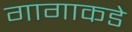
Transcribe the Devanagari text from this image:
गागाकडे